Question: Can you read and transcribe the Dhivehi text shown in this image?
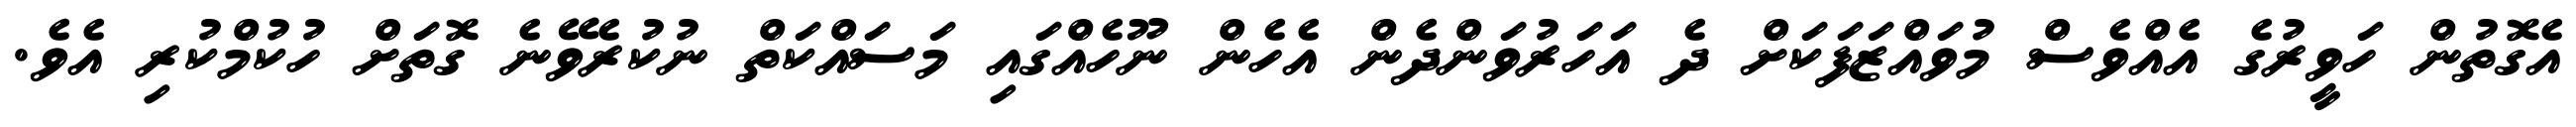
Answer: އެގޮތުން ހަވީރުގެ އެއްވެސް މުވައްޒަފަކަށް ދެ އަހަރުވަންދެން އެހެން ނޫހެއްގައި މަސައްކަތް ނުކުރެވޭނެ ގޮތަށް ހުކުމްކުރި އެވެ.